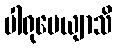
ပါရုပေယျာသိ